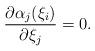
LaTeX: \begin{align*}\frac{\partial \alpha_j(\xi_i)}{\partial \xi_j}=0.\end{align*}